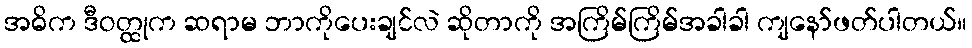
အဓိက ဒီဝတ္ထုက ဆရာမ ဘာကိုပေးချင်လဲ ဆိုတာကို အကြိမ်ကြိမ်အခါခါ ကျနော်ဖတ်ပါတယ်။